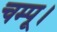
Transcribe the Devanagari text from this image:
चम्पू।